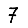
Digit: 7